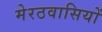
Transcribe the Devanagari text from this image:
मेरठवासियों